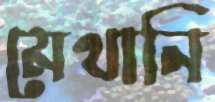
মেথানি